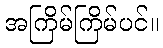
အကြိမ်ကြိမ်ပင်။